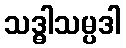
သဒ္ဓါသမ္ပဒါ